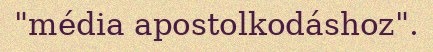
"média apostolkodáshoz".